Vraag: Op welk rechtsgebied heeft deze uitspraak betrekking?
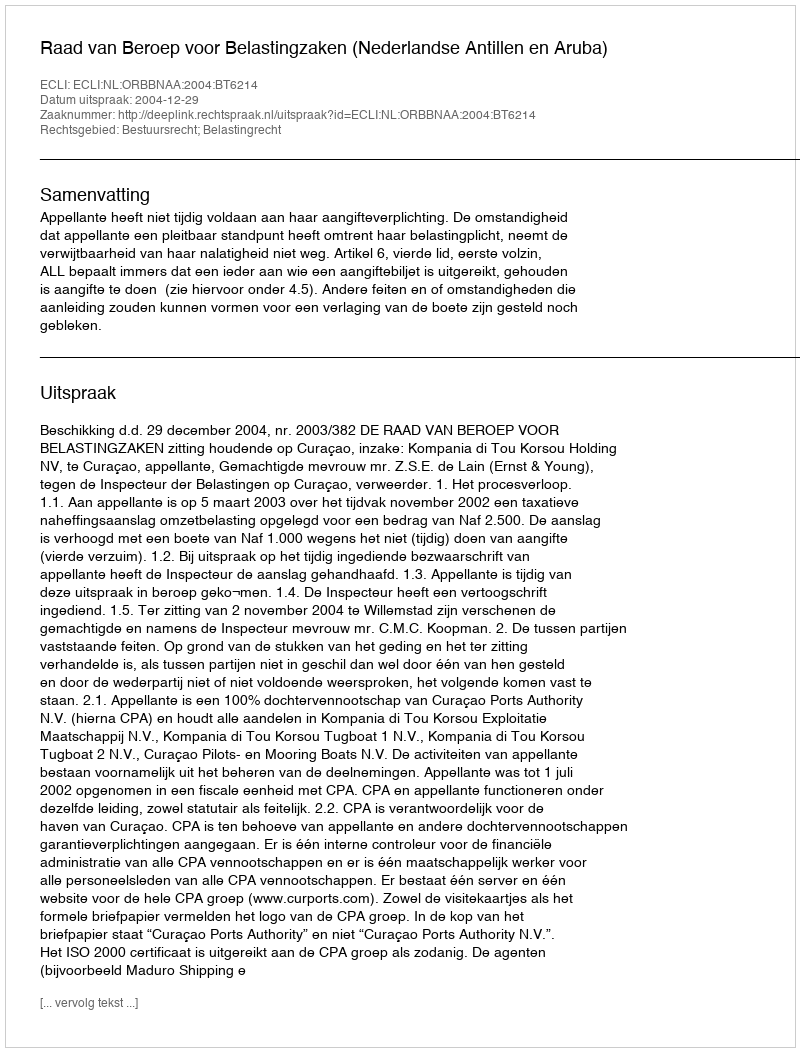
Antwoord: Bestuursrecht; Belastingrecht